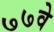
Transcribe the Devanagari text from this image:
७७वे